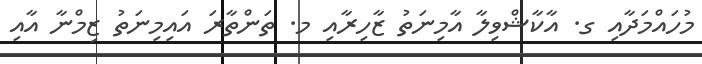
މުހައްމަދާއި ގ. އާކާޝްވިލާ އާމިނަތު ޒާހިރާއި މ. ތަންތާރަ އައިމިނަތު ޒިމްނާ އާއި